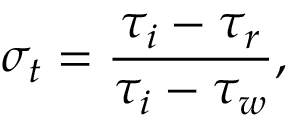
\sigma _ { t } = \frac { \tau _ { i } - \tau _ { r } } { \tau _ { i } - \tau _ { w } } ,